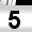
Digit: 5